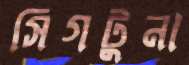
সিগটুনা